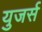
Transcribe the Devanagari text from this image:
युजर्स